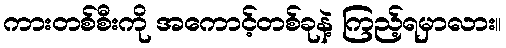
ကားတစ်စီးကို အကောင့်တစ်ခုနဲ့ ကြည့်ရမှာလား။